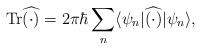
LaTeX: \begin{align*}\mathrm{Tr} \widehat{(\cdot)} = 2\pi \hbar \sum_n \langle \psi_n |\widehat{(\cdot)} | \psi_n \rangle,\end{align*}